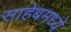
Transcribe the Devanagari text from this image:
साहेबमध्ये